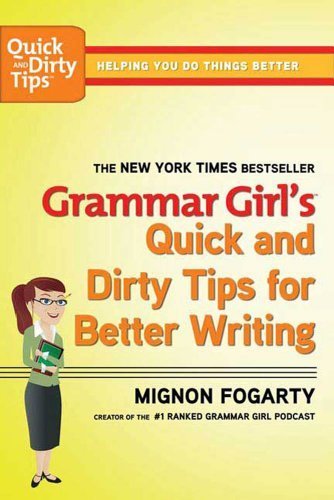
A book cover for Grammar Girl's Quick and Dirty Tips for Better Writing (Quick & Dirty Tips); Mignon Fogarty; Reference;